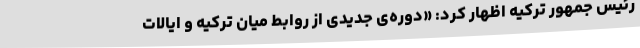
رئیس جمهور ترکیه اظهار کرد: «دوره‌ی جدیدی از روابط میان ترکیه و ایالات